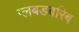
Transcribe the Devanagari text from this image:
ग्लबडबरिब